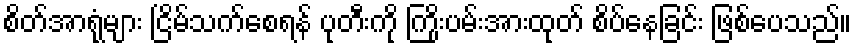
စိတ်အာရုံများ ငြိမ်သက်စေရန် ပုတီးကို ကြိုးပမ်းအားထုတ် စိပ်နေခြင်း ဖြစ်ပေသည်။